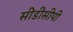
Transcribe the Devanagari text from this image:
सीडीसीपी